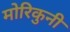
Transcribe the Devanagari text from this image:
मोरिकुनी